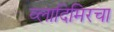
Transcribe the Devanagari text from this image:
व्लादिमिरचा